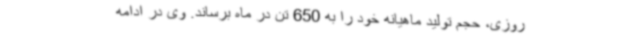
روزی، حجم تولید ماهیانه خود را به 650 تن در ماه برساند. وی در ادامه